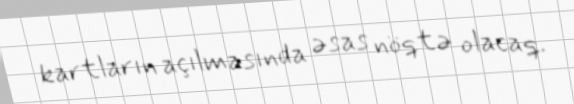
kartların açılmasında əsas nöqtə olacaq.